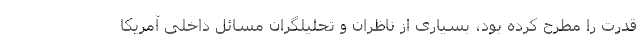
قدرت را مطرح کرده بود، بسیاری از ناظران و تحلیلگران مسائل داخلی آمریکا